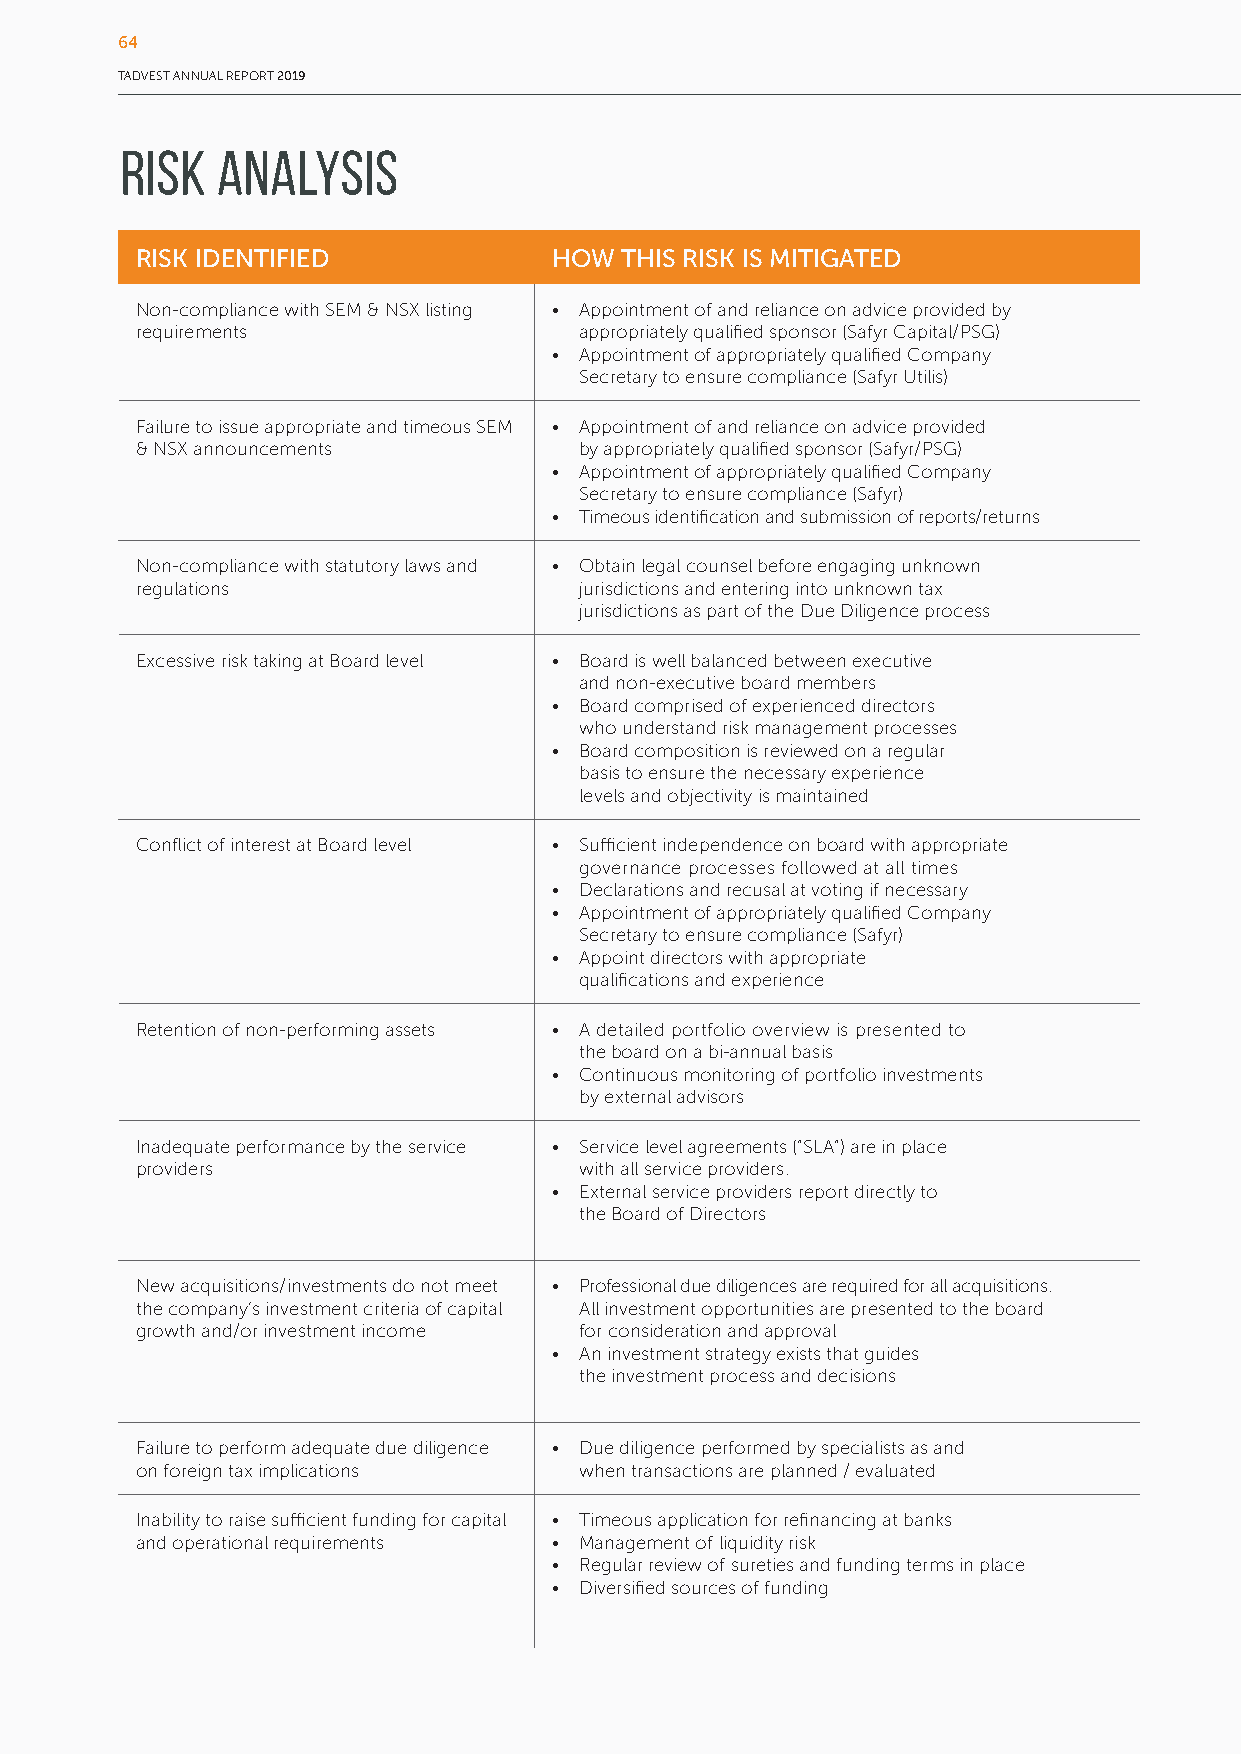
64
 TADVEST ANNUAL REPORT 2019
 Risk  Analysis
 RISK IDENTIFIED             HOW THIS RISK IS MITIGATED
 Non-compliance with SEM & NSX listing • Appointment of and reliance on advice provided by
 requirements                 appropriately qualified sponsor (Safyr Capital/PSG)
 • Appointment of appropriately qualified Company
 Secretary to ensure compliance (Safyr Utilis)
 Failure to issue appropriate and timeous SEM • Appointment of and reliance on advice provided
 & NSX announcements          by appropriately qualified sponsor (Safyr/PSG)
 • Appointment of appropriately qualified Company
 Secretary to ensure compliance (Safyr)
 • Timeous identification and submission of reports/returns
 Non-compliance with statutory laws and • Obtain legal counsel before engaging unknown
 regulations                  jurisdictions and entering into unknown tax
 jurisdictions as part of the Due Diligence process
 Excessive risk taking at Board level • Board is well balanced between executive
 and non-executive board members
 • Board comprised of experienced directors
 who understand risk management processes
 • Board composition is reviewed on a regular
 basis to ensure the necessary experience
 levels and objectivity is maintained
 Conflict of interest at Board level • Sufficient independence on board with appropriate
 governance processes followed at all times
 • Declarations and recusal at voting if necessary
 • Appointment of appropriately qualified Company
 Secretary to ensure compliance (Safyr)
 • Appoint directors with appropriate
 qualifications and experience
 Retention of non-performing assets • A detailed portfolio overview is presented to
 the board on a bi-annual basis
 • Continuous monitoring of portfolio investments
 by external advisors
 Inadequate performance by the service • Service level agreements (“SLA”) are in place
 providers                    with all service providers.
 • External service providers report directly to
 the Board of Directors
 New acquisitions/investments do not meet • Professional due diligences are required for all acquisitions.
 the company’s investment criteria of capital All investment opportunities are presented to the board
 growth and/or investment income for consideration and approval
 • An investment strategy exists that guides
 the investment process and decisions
 Failure to perform adequate due diligence • Due diligence performed by specialists as and
 on foreign tax implications  when transactions are planned / evaluated
 Inability to raise sufficient funding for capital • Timeous application for refinancing at banks
 and operational requirements • Management of liquidity risk
 • Regular review of sureties and funding terms in place
 • Diversified sources of funding